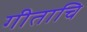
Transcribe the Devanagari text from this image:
गीताचि